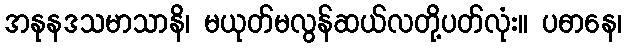
အနုနဒသမာသာနိ၊ မယုတ်မလွန်ဆယ်လတို့ပတ်လုံး။ ပဓာနေ၊